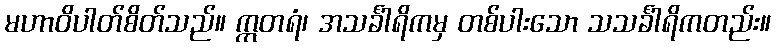
မဟာဝိပါတ်စိတ်သည်။ ဣတရံ၊ အသင်္ခါရိကမှ တစ်ပါးသော သသင်္ခါရိကတည်း။